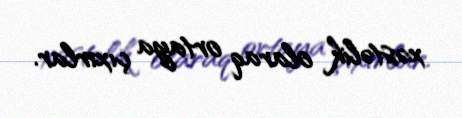
xəstəlik olaraq ortaya çıxırlar.